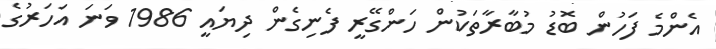
އެންމެ ފަހުން ބޮޑު މުބާރާތަކުން ހަންގޭރީ ފެނިގެން ދިޔައީ 1986 ވަނަ އަހަރުގެ